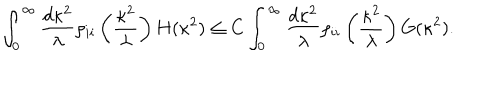
LaTeX: \int _ { 0 } ^ { \infty } \frac { d \kappa ^ { 2 } } { \lambda } \rho _ { i i } \left( \frac { \kappa ^ { 2 } } { \lambda } \right) H ( \kappa ^ { 2 } ) \leq C \int _ { 0 } ^ { \infty } \frac { d \kappa ^ { 2 } } { \lambda } \rho _ { i i } \left( \frac { \kappa ^ { 2 } } { \lambda } \right) G ( \kappa ^ { 2 } ) .